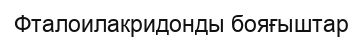
Фталоилакридонды бояғыштар